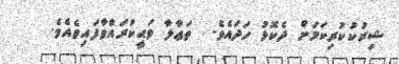
ޝިރުކުކުރިކަމަށް ދެކޮޅު ހަދައެވެ.  ތަޢާލާ ވަޙީކުރައްވާފައިވެއެވެ.